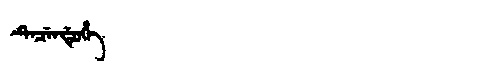
Manchu: ᡨᡝᠴᡝᠨᡩᡠᡥᡝ
Romanization: TECENDUHE